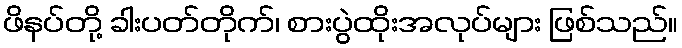
ဖိနပ်တို့ ခါးပတ်တိုက်၊ စားပွဲထိုးအလုပ်များ ဖြစ်သည်။